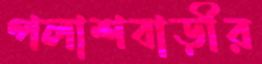
পলাশবাড়ীর